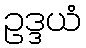
ဥဒ္ဒယံ